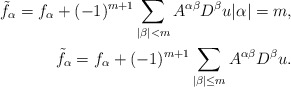
\begin{align*}\tilde{f}_\alpha=f_\alpha+(-1)^{m+1}\sum_{|\beta|<m}A^{\alpha\beta}D^\beta u|\alpha|=m,\\\tilde{f}_\alpha=f_\alpha+(-1)^{m+1}\sum_{|\beta|\le m}A^{\alpha\beta}D^\beta u.\end{align*}